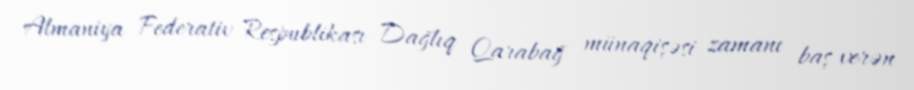
Almaniya Federativ Respublikası Dağlıq Qarabağ münaqişəsi zamanı baş verən